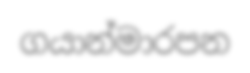
ගයාන්මාරපන